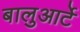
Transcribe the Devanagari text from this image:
बालुआर्टे